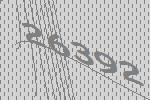
26392